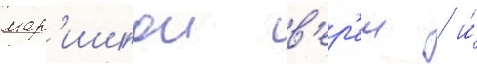
мар'ишкои в'ер'еш / и́